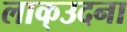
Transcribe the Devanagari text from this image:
लाक्उदना